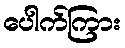
ပေါက်ကြား